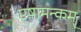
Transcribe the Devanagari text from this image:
एष़ामन्कम्